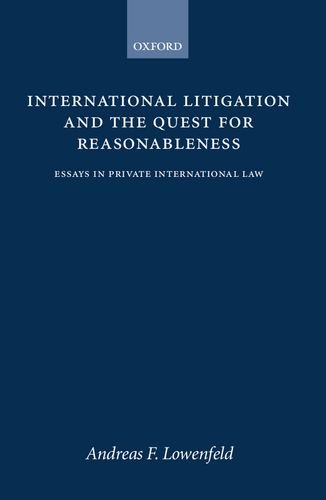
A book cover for International Litigation and the Quest for Reasonableness: Essays in Private International Law; Andreas F. Lowenfeld; Law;